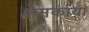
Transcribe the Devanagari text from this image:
क्षेमकाया